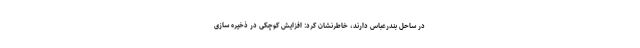
در ساحل بندرعباس دارند، خاطرنشان کرد: افزایش کوچکی در ذخیره سازی